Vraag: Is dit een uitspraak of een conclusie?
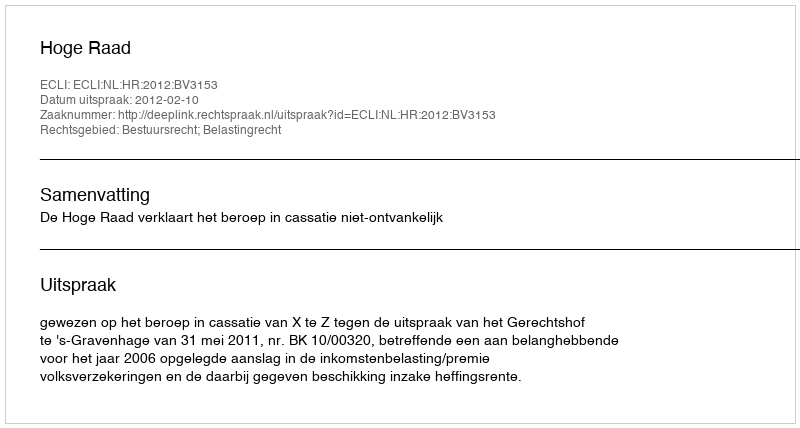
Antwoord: Uitspraak